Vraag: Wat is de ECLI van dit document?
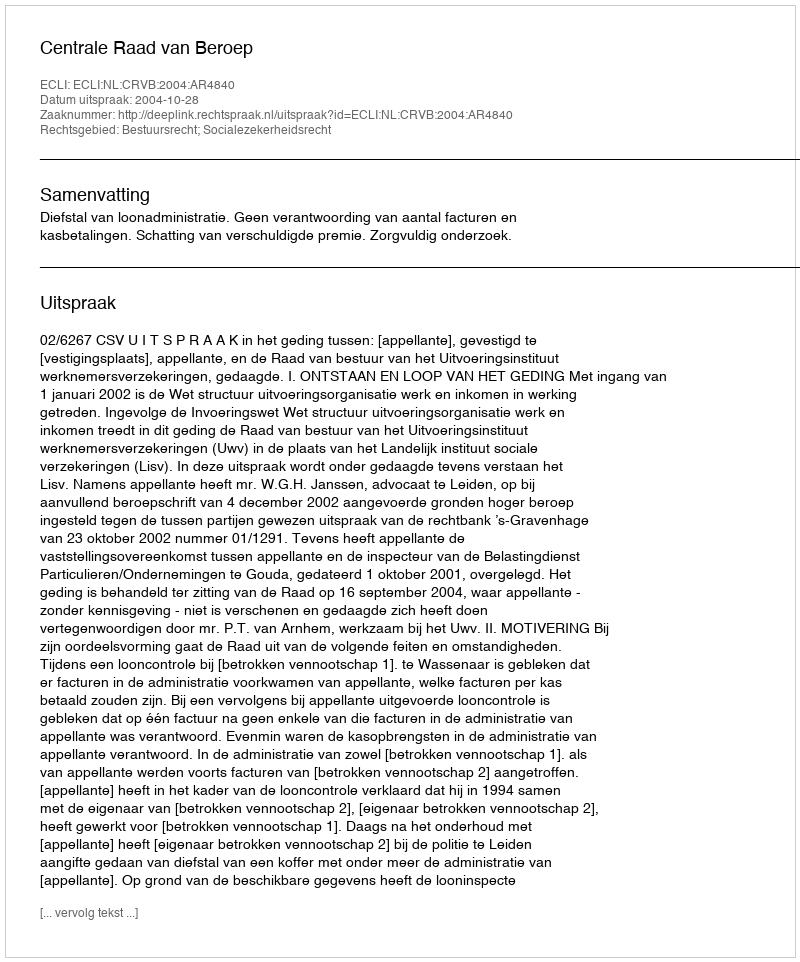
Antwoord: ECLI:NL:CRVB:2004:AR4840